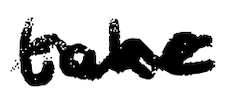
Text: take
Cross-out: wave
Writing tool: digital_black